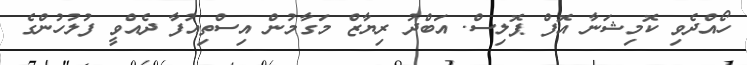
ހޯއްދެވި ކޮމިޝަނާ އޮފް ޕޮލިސް. އަބްދު ރިޔާޒް މަގާމުން އިސްތިއުފާ ދެއްވީ ފުލުހުންގެ